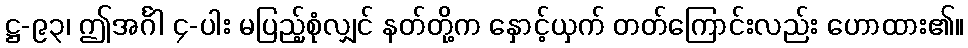
ဋ္ဌ-၉၃၊ ဤအင်္ဂါ ၄-ပါး မပြည့်စုံလျှင် နတ်တို့က နှောင့်ယှက် တတ်ကြောင်းလည်း ဟောထား၏။